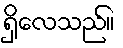
ရှိလေသည်။